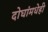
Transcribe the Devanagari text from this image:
दोघांमधेही